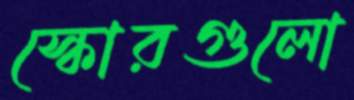
স্কোরগুলো